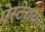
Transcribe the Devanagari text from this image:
ऐस्टेरायड